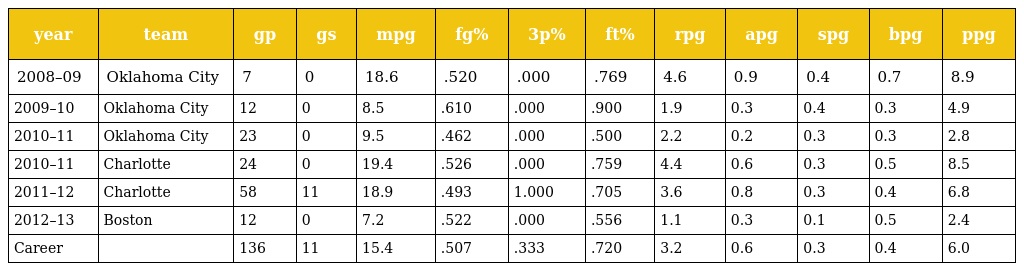
| year | team | gp | gs | mpg | fg% | 3p% | ft% | rpg | apg | spg | bpg | ppg |
 | --- | --- | --- | --- | --- | --- | --- | --- | --- | --- | --- | --- | --- |
 | 2008–09 | Oklahoma City | 7 | 0 | 18.6 | .520 | .000 | .769 | 4.6 | 0.9 | 0.4 | 0.7 | 8.9 |
 | 2009–10 | Oklahoma City | 12 | 0 | 8.5 | .610 | .000 | .900 | 1.9 | 0.3 | 0.4 | 0.3 | 4.9 |
 | 2010–11 | Oklahoma City | 23 | 0 | 9.5 | .462 | .000 | .500 | 2.2 | 0.2 | 0.3 | 0.3 | 2.8 |
 | 2010–11 | Charlotte | 24 | 0 | 19.4 | .526 | .000 | .759 | 4.4 | 0.6 | 0.3 | 0.5 | 8.5 |
 | 2011–12 | Charlotte | 58 | 11 | 18.9 | .493 | 1.000 | .705 | 3.6 | 0.8 | 0.3 | 0.4 | 6.8 |
 | 2012–13 | Boston | 12 | 0 | 7.2 | .522 | .000 | .556 | 1.1 | 0.3 | 0.1 | 0.5 | 2.4 |
 | Career |  | 136 | 11 | 15.4 | .507 | .333 | .720 | 3.2 | 0.6 | 0.3 | 0.4 | 6.0 |